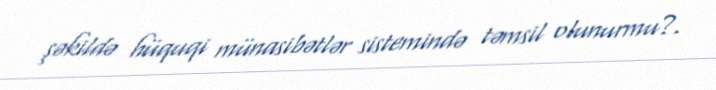
şəkildə hüquqi münasibətlər sistemində təmsil olunurmu?.